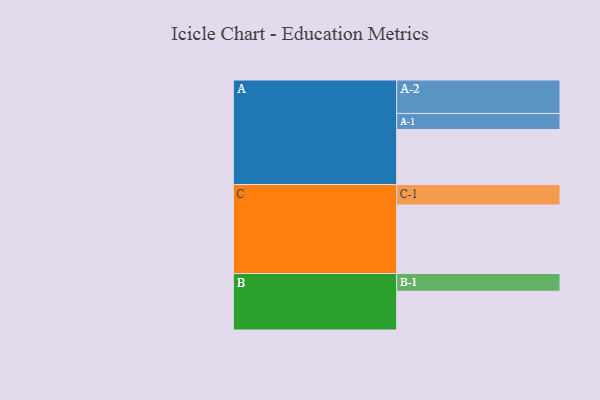
{"axis": {"x": "Segment", "y": "Value"}, "legend": ["", "A", "B", "C"], "data": [{"x": "A", "y": 456, "type": ""}, {"x": "B", "y": 321, "type": ""}, {"x": "C", "y": 567, "type": ""}, {"x": "A-1", "y": 133, "type": "A"}, {"x": "A-2", "y": 277, "type": "A"}, {"x": "B-1", "y": 147, "type": "B"}, {"x": "C-1", "y": 170, "type": "C"}]}